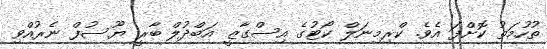
ތުހުމަތު ކޮށްފަ އެވެ. ކްރިމިނަލް ކޯޓުގެ އިސްގާޒީ އަބްދުލް ބާރީ ޔޫސުފް ނެރުއްވި